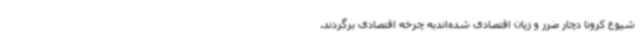
شیوع کرونا دچار ضرر و زیان اقتصادی شده‌اندبه چرخه اقتصادی برگردند.